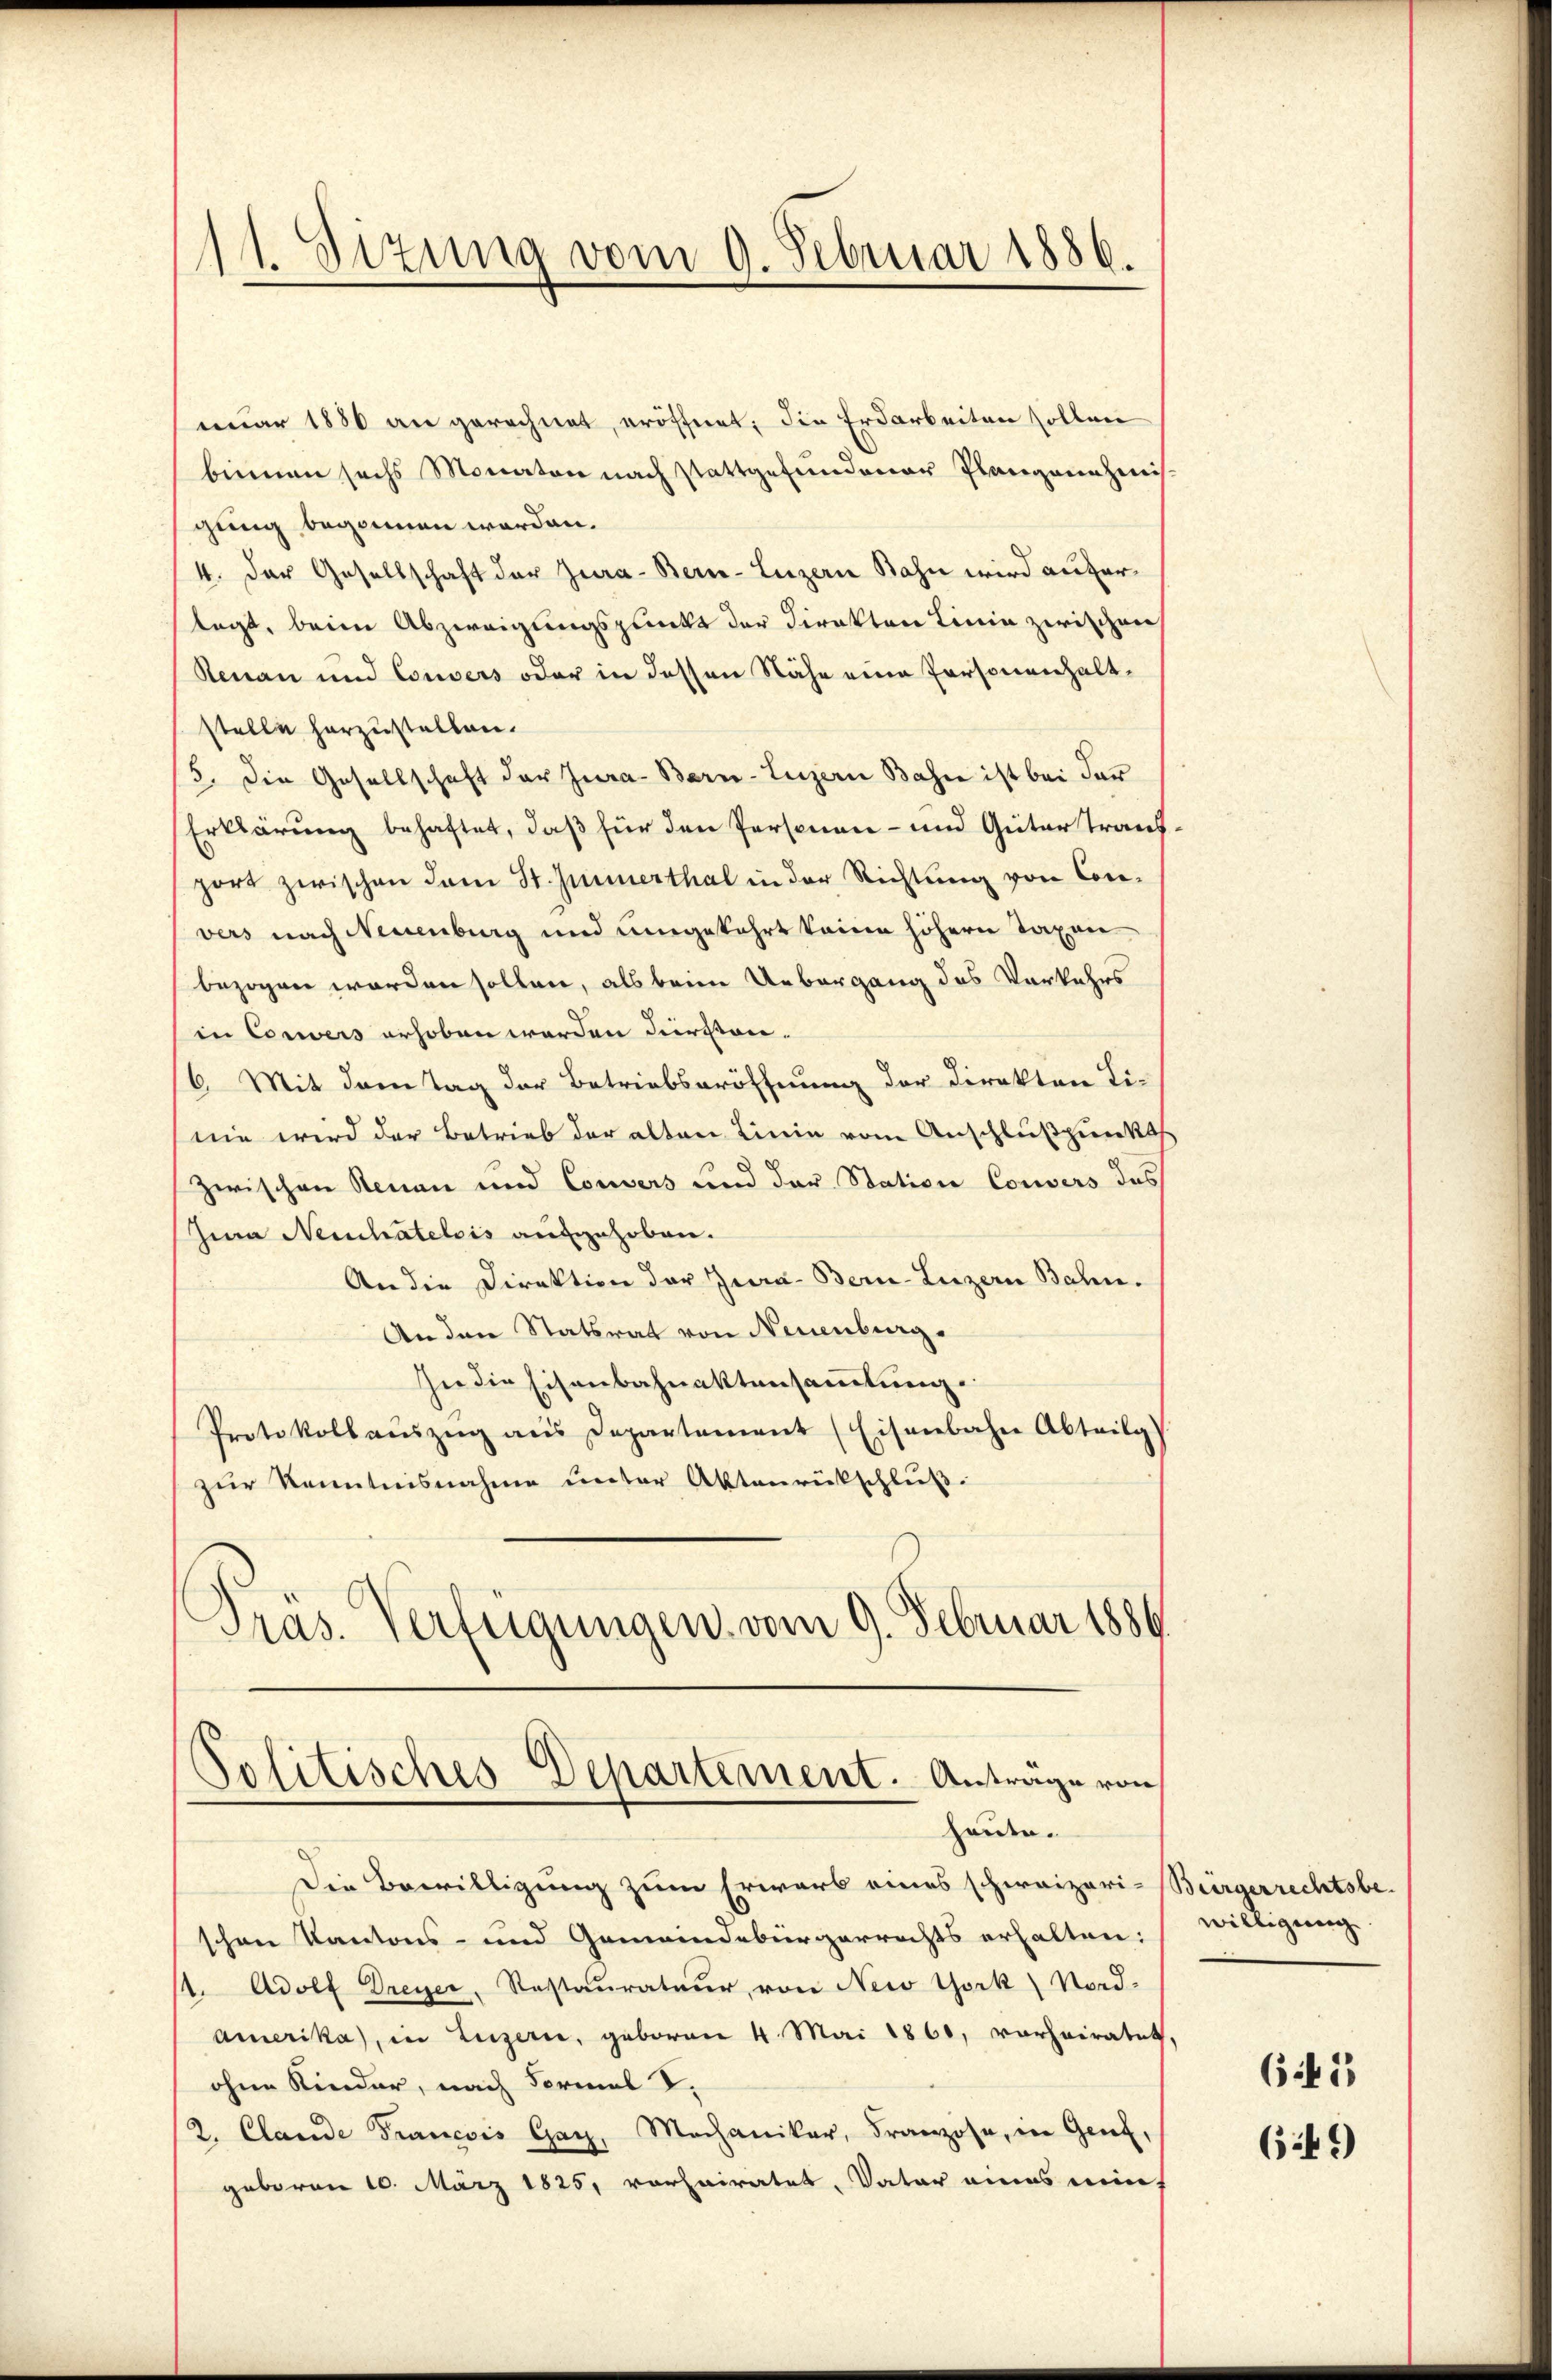
11. Sizung vom 9. Februar 1886.
.

nuar 1880 an gerechnet, eröffnet; die Erdarbeiten sollen
binnen sechs Monaten nach stattgefundener Plangenehinis
gung begonnen worden.
4. Der Gesellschaft der Jura - Bern-Luzern Bahn wird auferlegt, beim Abzweigungspunkt der Direkton Linie zwischen
Renau und Convers oder in dessen Nähe eine Personenhaltstelle herzustellen.
5. Die Gesellschaft der Jura-Bern-Luzern Bahn ist bei der
Erklärung behaftet, daß für den Personen- und Güter trauf
port zwischen dem St. Jennerthal in der Richtung von Con-
vers nach Neuenburg und umgekehrt keine höhern Taxen
bezogen worden sollen, als beim Uebergang des Vorkehrs
in Corrers erhoben werden dersten.
6. Mit dem Tag der Betriebseröffnung der Direkten Ti-
nie wird der Betrieb der alten Linie vom Anschlußpunkt
zwischen Neuen und Couvers und der Station Couvers des
Zua Neuchatelois aufgehoben.
An die Direktion der Jura- Bern-Luzern Bahn.
An den Statsrat von Neuenburg.
In die Eisenbahnaktensammlung.
Protokoll aŭszŭg ans Departement (Eisenbahn Abteilg
zur Kenntnisnahme unter Aktenrückschluß.
Präs. Verfügungen, vom 9. Februar 1886

Politisches Departement. Anträge von
heute.

Die Bewilligung zum Erwarb eines schweizeri-Bürgerrechtsbe-
schen Kantons- und Gemeindebürgerrechts erhalten:
/1. Adolf Dreyer, Restaurateur, von New York Nord-
amerika, in Luzern, geboren 4. Mai 1860, vorheiratet,
ohne Kinder, nach Formal V.
2. Clande Francois Gay, Mechaniker, Franzose, in Genf,
geboren 10. März 1825. vorheiratet, Vater eines ein

willigung

649

61